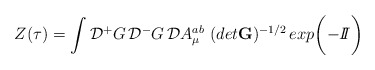
\begin{align*}Z(\tau)= \int {\cal D}{^+} G\, {\cal D} {^-}G \, {\cal D} A^{ab}_\mu\,\,(det {\bf G})^{-1/2}\, exp \bigg({- {I\!\!I}} \bigg)\end{align*}